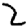
Digit: 2